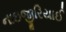
નાઇજીરિયાઈ